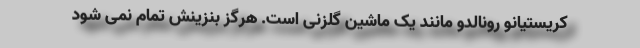
کریستیانو رونالدو مانند یک ماشین گلزنی است. هرگز بنزینش تمام نمی شود